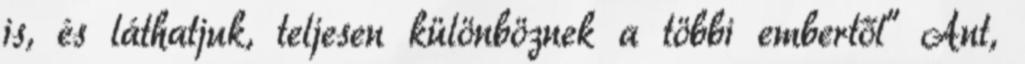
is, és láthatjuk, teljesen különböznek a többi embertől" Ant,